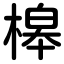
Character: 槔